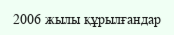
2006 жылы құрылғандар